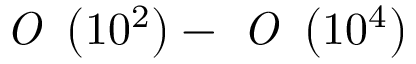
\textit { O } \left( 1 0 ^ { 2 } \right) - \textit { O } \left( 1 0 ^ { 4 } \right)